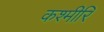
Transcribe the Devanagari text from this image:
कश्मीरि